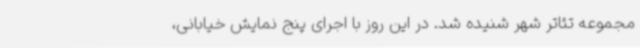
مجموعه تئاتر شهر شنیده شد. در این روز با اجرای پنج نمایش خیابانی،